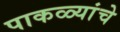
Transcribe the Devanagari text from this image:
पाकळ्यांचे